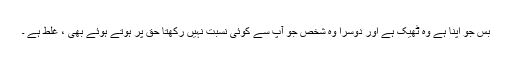
بس جو اپنا ہے وہ ٹھیک ہے اور دوسرا وہ شخص جو آپ سے کوئی نسبت نہیں رکھتا حق پر ہوتے ہوئے بھی ، غلط ہے ۔